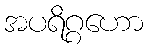
အပရိဂ္ဂဟော